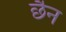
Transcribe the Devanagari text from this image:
छैन